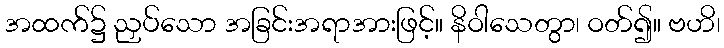
အထက်၌ ညှပ်သော အခြင်းအရာအားဖြင့်။ နိဝါသေတွာ၊ ဝတ်၍။ ဗဟိ၊